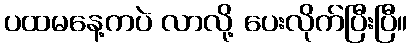
ပထမနေ့ကပဲ လာလို့ ပေးလိုက်ပြီးပြီ။